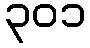
၃၀၁